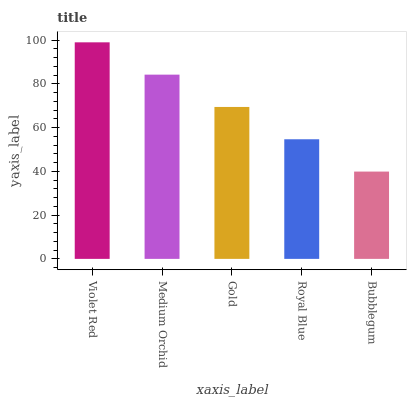
| xaxis_label | bars |
 | --- | --- |
 | Violet Red | 99 |
 | Medium Orchid | 84.2 |
 | Gold | 69.5 |
 | Royal Blue | 54.7 |
 | Bubblegum | 39.9 |